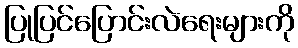
ပြုပြင်ပြောင်းလဲရေးများကို